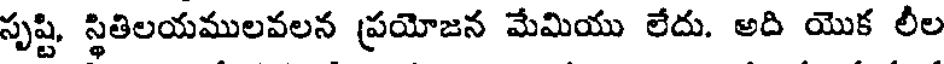
సృష్టి, స్థితిలయములవలన ప్రయోజన మేమియు లేదు. అది యొక లీల